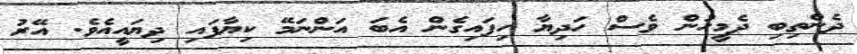
ދެންތިބި ދެމީހުން ވެސް ހަދިޔާ ހިފައިގެން އެބަ އަންނަމޭ ކިޔާފައި ދިޔައީއެވެ. އޭރު